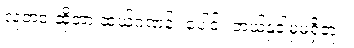
လူ့ဘဝ ဆိုတာ ဆယ်ဂဏန်း ပေါင်း ဘယ်နှခါမှမရှိဘူး။